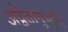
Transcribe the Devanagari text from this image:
अद्वैतानुभूति